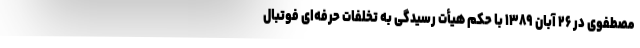
مصطفوی در ۲۶ آبان ۱۳۸۹ با حکم هیأت رسیدگی به تخلفات حرفه‌ای فوتبال